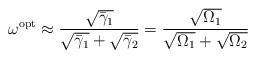
LaTeX: \begin{align*}{\omega ^{{\rm{opt}}}} \approx \frac{{\sqrt {{{\bar \gamma }_1}} }}{{\sqrt {{{\bar \gamma }_1}} + \sqrt {{{\bar \gamma }_2}} }} = \frac{{\sqrt {{\Omega _1}} }}{{\sqrt {{\Omega _1}} + \sqrt {{\Omega _2}} }}\end{align*}